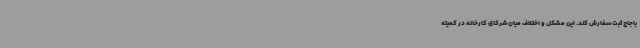
باجاج ثبت سفارش کند. این مشکل و اختلاف میان شرکای کارخانه در کمیته